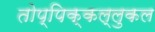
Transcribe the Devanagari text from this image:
तोप्पिक्कल्लुकल